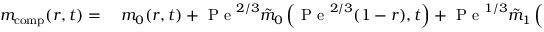
\begin{array} { r l } { m _ { \mathrm { c o m p } } ( r , t ) = } & { { } \; m _ { 0 } ( r , t ) + \mathrm { ~ P ~ e ~ } ^ { 2 / 3 } \tilde { m } _ { 0 } \left( \mathrm { ~ P ~ e ~ } ^ { 2 / 3 } ( 1 - r ) , t \right) + \mathrm { ~ P ~ e ~ } ^ { 1 / 3 } \tilde { m } _ { 1 } \left( \mathrm { ~ P ~ e ~ } ^ { 2 / 3 } ( 1 - r ) , t \right) + } \end{array}